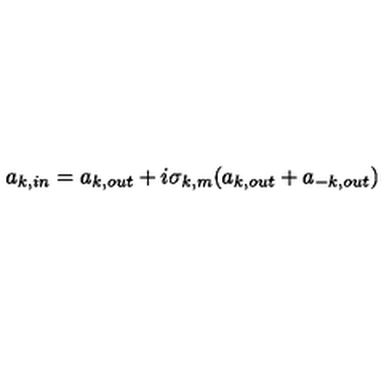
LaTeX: a _ { k , i n } = a _ { k , o u t } + i \sigma _ { k , m } ( a _ { k , o u t } + a _ { - k , o u t } )